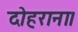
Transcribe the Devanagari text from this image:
दोहराना।